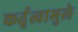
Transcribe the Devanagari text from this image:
कर्तृत्वामुले